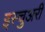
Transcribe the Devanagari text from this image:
इस्चुअरी